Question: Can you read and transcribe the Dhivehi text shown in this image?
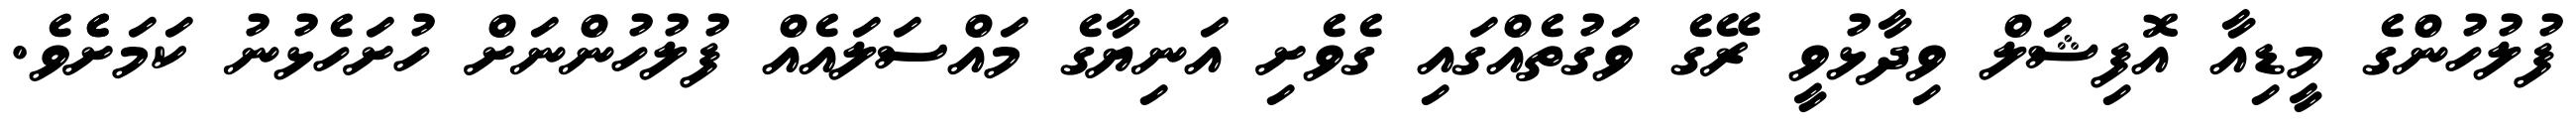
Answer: ފުލުހުންގެ މީޑިއާ އޮފިޝަލް ވިދާޅުވީ ރޭގެ ވަގުތެއްގައި ގެވެށި އަނިޔާގެ މައްސަލައެއް ފުލުހުންނަށް ހުށަހެޅުނު ކަމަށެެވެ.